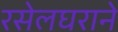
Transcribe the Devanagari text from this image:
रसेलघराने